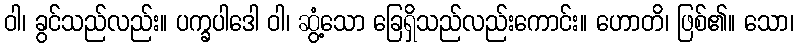
ဝါ၊ ခွင်သည်လည်း။ ပက္ခပါဒေါ ဝါ၊ ဆွံ့သော ခြေရှိသည်လည်းကောင်း။ ဟောတိ၊ ဖြစ်၏။ သော၊